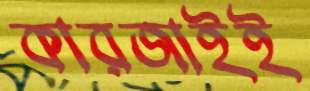
কারজাইই